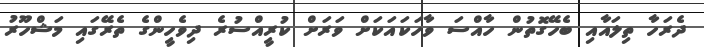
ދެރަހާ ތިލައާއި ބެހޭގޮތުން ހާއްސަ ވާހަކައަކަށް ވަރަށް ކުރީއްސުރެ ދިވެހީންގެ ތެރޭގައި މަޝްހޫރު